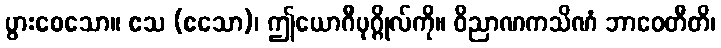
ပွားစေသော။ ဧသ (ဧသော)၊ ဤယောဂီပုဂ္ဂိုလ်ကို။ ဝိညာဏကသိဏံ ဘာဝေတီတိ၊